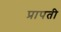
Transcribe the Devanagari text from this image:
प्रापती